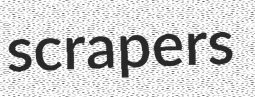
scrapers